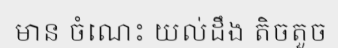
មាន ចំណេះ យល់ដឹង តិចតួច